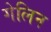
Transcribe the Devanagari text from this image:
गेलिन